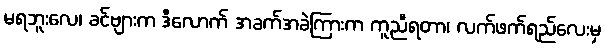
မရဘူးလေ၊ ခင်ဗျားက ဒီလောက် အခက်အခဲကြားက ကူညီရတာ၊ လက်ဖက်ရည်လေးမှ